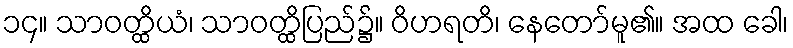
၁၄။ သာဝတ္ထိယံ၊ သာဝတ္ထိပြည်၌။ ဝိဟရတိ၊ နေတော်မူ၏။ အထ ခေါ၊